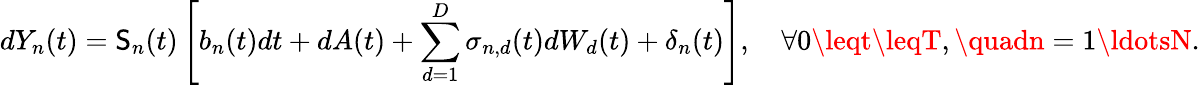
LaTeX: dY_{n}(t)=\mathsf{S}_{n}(t)\left[b_{n}(t)dt+dA(t)+\sum_{d=1}^{D}\sigma_{n,d}(t)dW_{d}(t)+\delta_{n}(t)\right],\quad\forall0\leqt\leqT,\quadn=1\ldotsN.